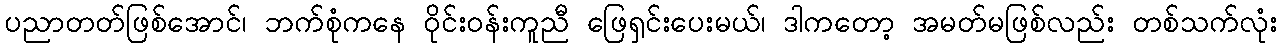
ပညာတတ်ဖြစ်အောင်၊ ဘက်စုံကနေ ဝိုင်းဝန်းကူညီ ဖြေရှင်းပေးမယ်၊ ဒါကတော့ အမတ်မဖြစ်လည်း တစ်သက်လုံး